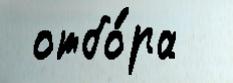
 отбо́ра